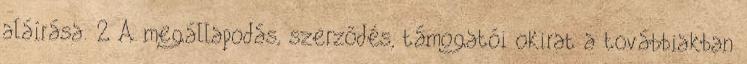
aláírása. 2 A megállapodás, szerződés, támogatói okirat a továbbiakban